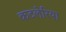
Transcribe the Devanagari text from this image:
कटलेरिया